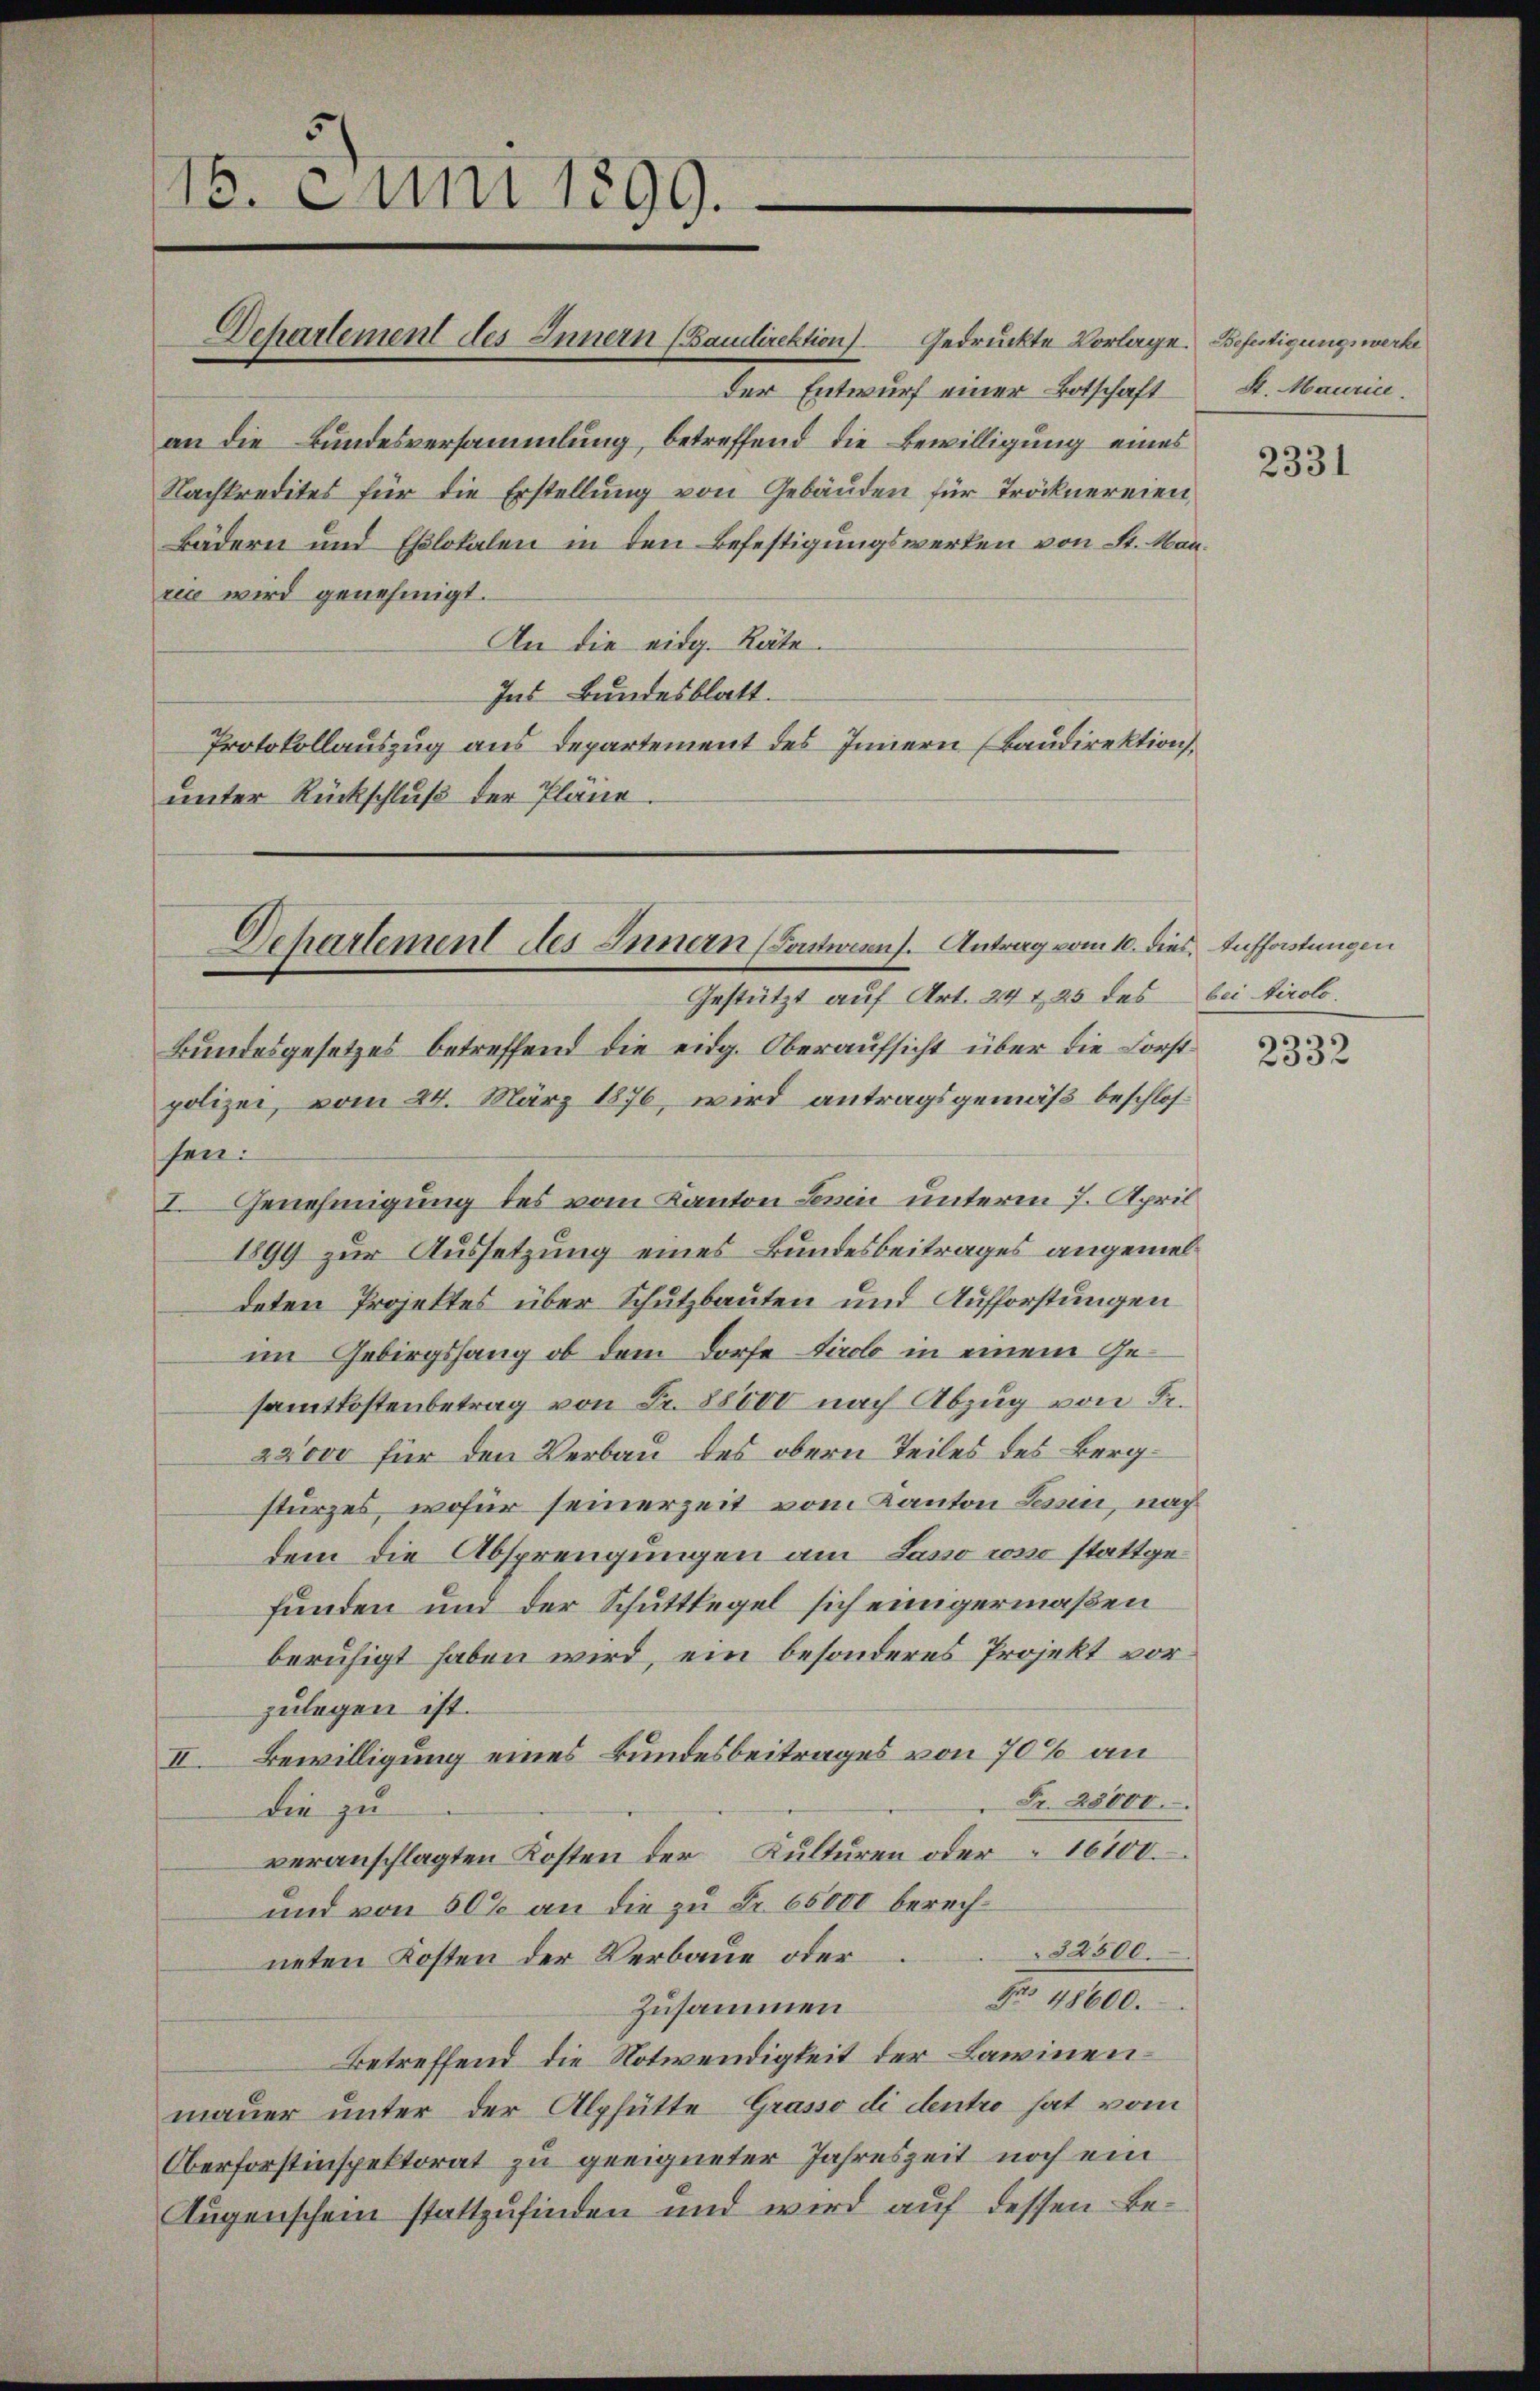
Dehartement des Innern (Baudirektion) Gedruckte Vorlage. Befertigungswerke
Der Entwurf einer Botschaft
an die Bundesversammlung, betreffend die Bewilligung eines
Nachkredites für die Erstellung von Gebäuden für Tröcknereien,
Bädern und Eslokalen in den Befestigungswerken von St. Manrie wird genehmigt.
An die eidg. Räte.
Ins Bundesblatt.
Protokollauszug aus Departement des Innern (Baudirektion
unter Rückschluß der Pläne.

16. Juni 1899.

Gestützt auf Art. 24 t 25 des bei tirolo.
Bundesgesetzes betreffend die eidg. Oberaufsicht über die Forstpolizei, vom 24. März 1876, wird antragsgemäß beschlossen:
I. Genehmigung des vom Kanton Serin unterm 7. April
1899 zur Aussetzung eines Bundesbeitrages angemeldeten Projektes über Schutzbauten und Aufforstungen
im Gebirgshang ob dem Dorfe Tirolo in einem Gesamtkostenbetrag von Fr. 88000 nach Abzug von Sr.
28000 für den Verbau des obern Teiles des Bergsturzes, wofür seinerzeit vom Kanton Tessin, nach
dem die Absprengungen am Lasso cosso stattgefunden und der Schuttlegel sich einigermaßen
beruhigt haben wird, ein besonderes Projekt vorzulegen ist.
II. Bewilligung eines Bundesbeitrages von 70% an
Fr. 28000.
die zu
veranschlagten Kosten der Kulturen oder 16100
und von 50% an die zu Fr. 65000 berech¬
32500.
neten Kosten der Verbaue oder
Nro 48600.
Zusammen
Betreffend die Notwendigkeit der Lawinenmauer unter der Alphütte Grasso di dentro hat vom
Oberforstinspektorat zu geeigneter Jahreszeit noch ein
Augenschein stattzufinden und wird auf dessen Be¬

Departement des Innern (Contiens. Antrag vom 10. dies Aufforstungen

8. Maurice.

2331

2332